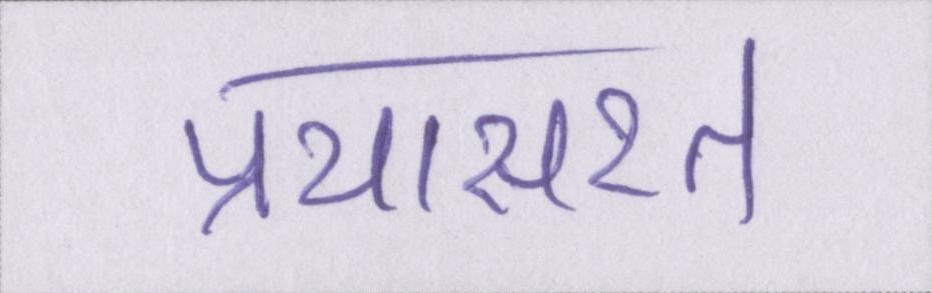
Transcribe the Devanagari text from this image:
प्रयासरत